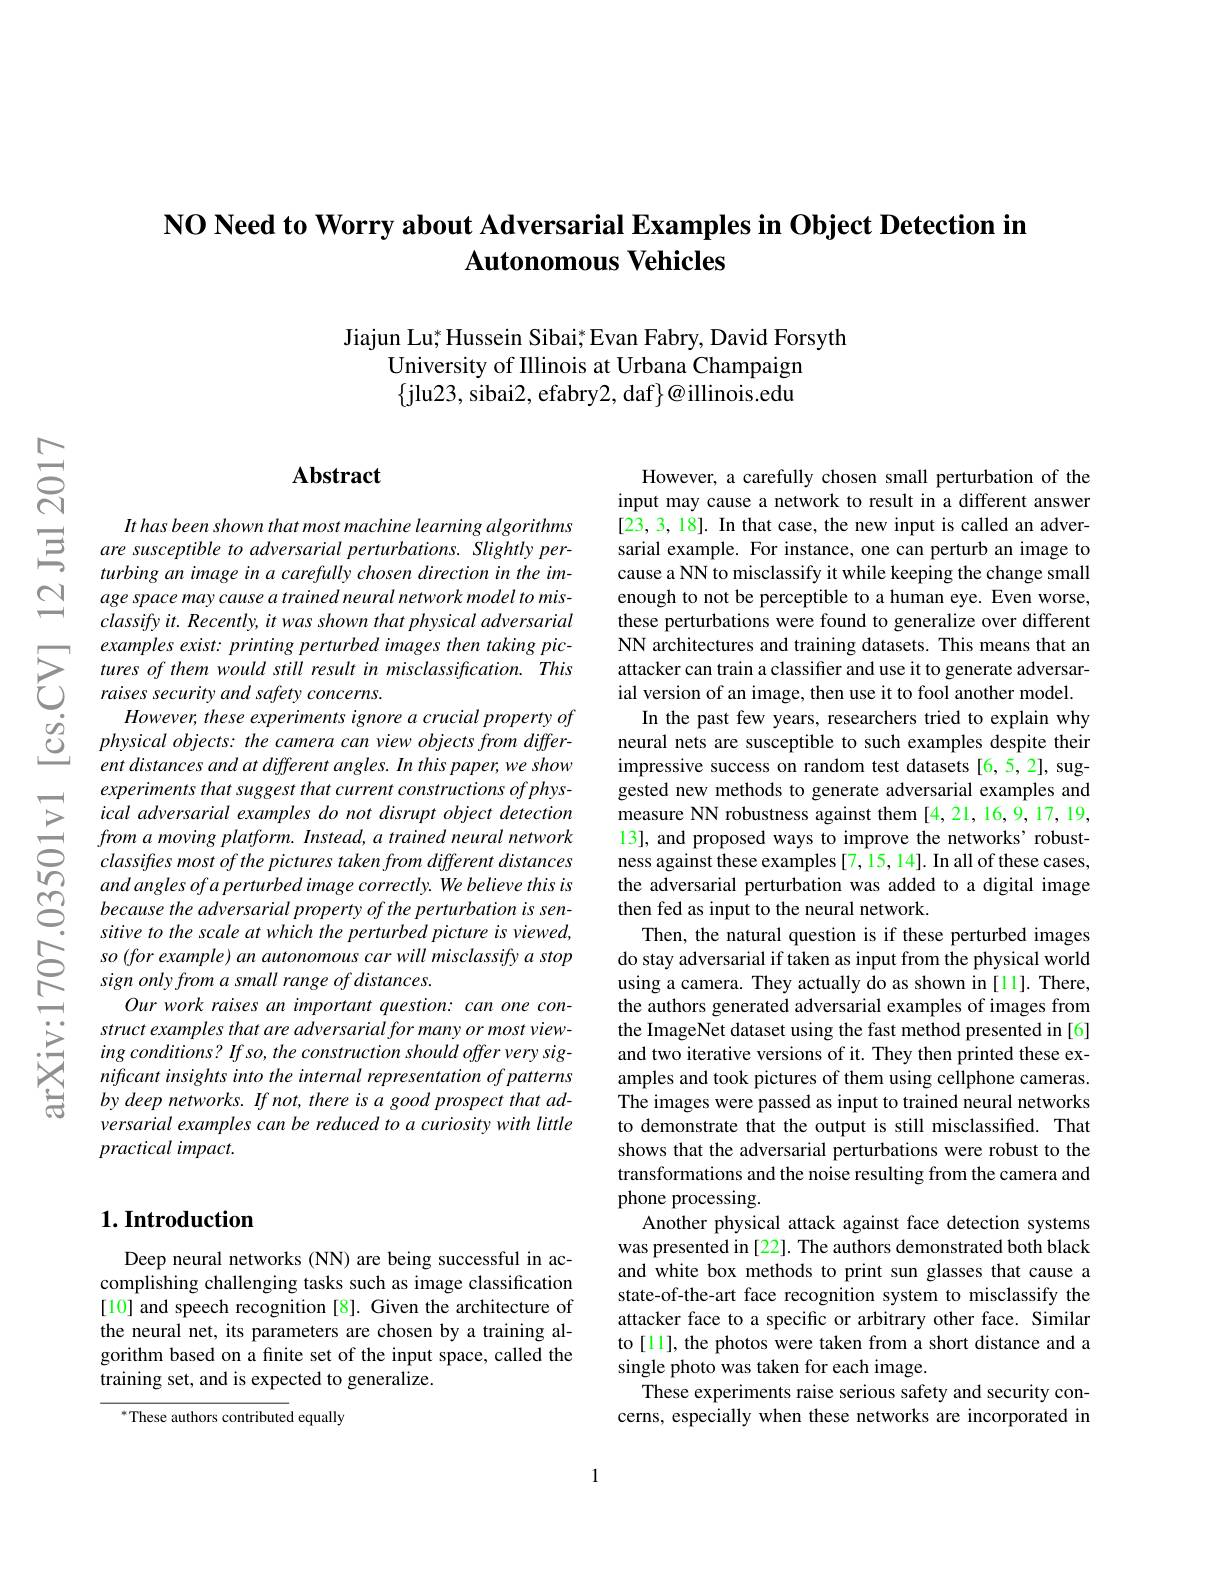
$\textbf{NO Need to Worry about Adversarial Examples in Object Detection in}$
# $\textbf{Autonomous Vehicles}$

Jiajun Lu; Hussein Sibai; Evan Fabry, David Forsyth
University of Illinois at Urbana Champaign $\{$jlu23, sibai2, efabry2, daf$\}@$illinois.edu

$ਨਨੇ$

## $\mathbf{Abstract}$

It has been shown that most machine learning algorithms
$\Xi$ $aresusceptibletoadversarialperturbations. Slightlyper- turbingarefullvchosendirections.$
turbing an image in a carefully chosen direction in the image space may cause a trained neural network model to misclassify it. Recently, it was shown that physical adversarial examples exist: printing perturbed images then taking pic-
examples exsis! prhnhng pertrbea thages ther akkng poc- NN arenlecteres and rainhng atases. nis means thara an- ant s means tharas- ant sines trand use it o generate adversar- ras ses. thes therat ant ant sent ant ant sent ant ant sente att o generat
$\begin{array}{ccc}&However,these\:experiments\:ignore\:a\:crucial\:property\:of\\&\textcircled{0}&physical\:objects:\:the\:camera\:can\:view\:objects\:from\:differ-\\&ent\:distances\:and\:at\:different\:angles.\:In\:this\:paper,\:we\:show\end{array}$
experiments that suggest that current constructions of physical adversarial examples do not disrupt object detection from a moving platform. Instead, a trained neural network classifres most of the pictures taken from different distances and angles of a perturbed image correctly. We believe this is because the adversarial property of the perturbation is sensitive to the scale at which the perturbed picture is viewed, so (for example) an autonomous car will misclassify a stop sign only from a small range of distances.
Our work raises an important question: can one construct examples that are adversarial for many or most viewing conditions? If so, the construction should offer very significant insights into the internal representation of patterns by deep networks. If not, there is a good prospect that adversarial examples can be reduced to a curiosity with little $practicalimpact.$

## $1. \textbf{Introduction}$

Deep neural networks (NN) are being successful in accomplishing challenging tasks such as image classification [10] and speech recognition [8]. Given the architecture of the neural net, its parameters are chosen by a training algorithm based on a finite set of the input space, called the training set, and is expected to generalize.

$^*$These authors contributed equally

However, a carefully chosen small perturbation of the input may cause a network to result in a different answer [23,3,18]. In that case, the new input is called an adversarial example. For instance, one can perturb an image to cause a NN to misclassify it while keeping the change small enough to not be perceptible to a human eye. Even worse, these perturbations were found to generalize over different NN architectures and training datasets. This means that an neural nets are susceptible to such examples despite their impressive success on random test datasets [6,5,2], suggested new methods to generate adversarial examples and measure NN robustness against them [4,21,16,9,17,19, 13], and proposed ways to improve the networks' robustness against these examples [7, 15, 14]. In all of these cases, the adversarial perturbation was added to a digital image then fed as input to the neural network
Then, the natural question is if these perturbed images do stay adversarial if taken as input from the physical world using a camera. They actually do as shown in [11]. There, the authors generated adversarial examples of images from the ImageNet dataset using the fast method presented in [6] and two iterative versions of it. They then printed these examples and took pictures of them using cellphone cameras. The images were passed as input to trained neural networks to demonstrate that the output is still misclassified. That shows that the adversarial perturbations were robust to the transformations and the noise resulting from the camera and phone processing
Another physical attack against face detection systems was presented in [22]. The authors demonstrated both black and white box methods to print sun glasses that cause a state-of-the-art face recognition system to misclassify the attacker face to a specific or arbitrary other face. Similar to [11], the photos were taken from a short distance and a single photo was taken for each image.
These experiments raise serious safety and security concerns, especially when these networks are incorporated in